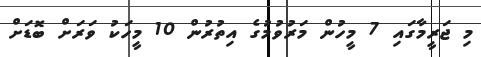
މި ޖަރީމާގައި 7 މީހުން މަރުވުމުގެ އިތުރުން 10 މީހަކު ވަރަށް ބޮޑަށް